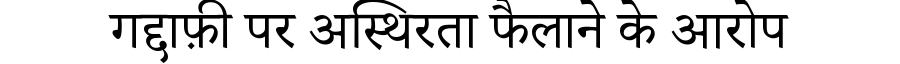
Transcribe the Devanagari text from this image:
गद्दाफ़ी पर अस्थिरता फैलाने के आरोप